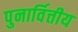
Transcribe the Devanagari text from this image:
पुनार्वित्तीय